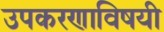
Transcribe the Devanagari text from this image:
उपकरणाविषयी